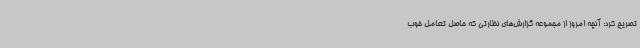
تصریح کرد: آنچه امروز از مجموعه گزارش‌های نظارتی که حاصل تعامل خوب